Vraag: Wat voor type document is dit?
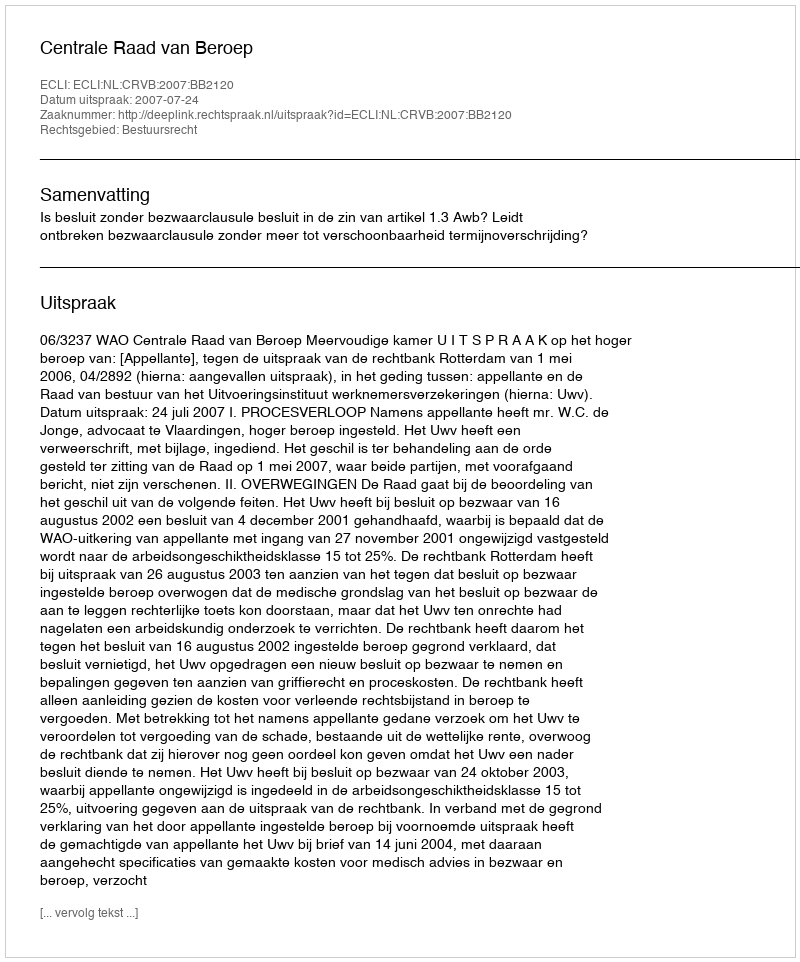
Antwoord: Uitspraak